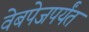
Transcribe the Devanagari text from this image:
वेबपेजपर्यंत